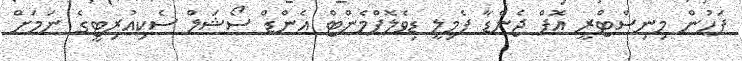
ފަހުން މިނިސްޓްރީ އޮފް ޖެންޑާ ފެމިލީ ޑިވެލޮޕްމެންޓް އެންޑް ސޯޝަލް ސެކިއުރިޓީގެ ނަމަށް